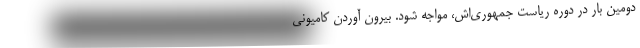
دومین بار در دوره ریاست جمهوری‌اش، مواجه شود. بیرون آوردن کامیونی